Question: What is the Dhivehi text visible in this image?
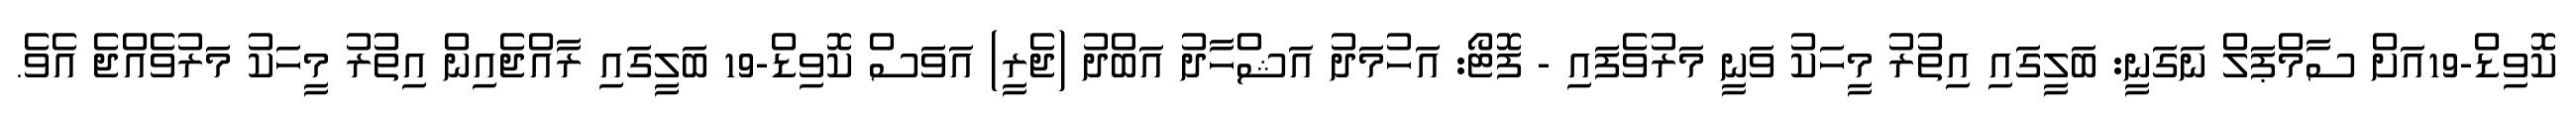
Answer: ކޮވިޑް-19އަށް ސާމްޕަލް ނަގަނީ: ބަލީގައި އިތުރު މީހަކު ވަނީ މަރުވެފައި - ފޮޓޯ: އަހުމަދު އަޝްހާދު އަބްދު (ޖެރީ) އަވަސް ކޮވިޑް-19 ބަލީގައި ރާއްޖެއިން އިތުރު މީހަކު މަރުވެއްޖެ އެވެ.